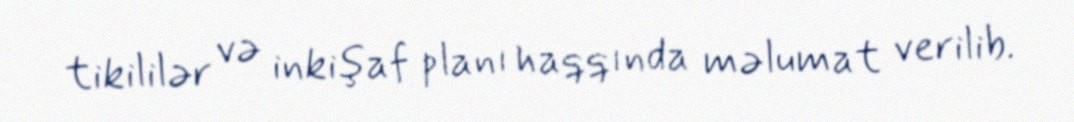
tikililər və inkişaf planı haqqında məlumat verilib.